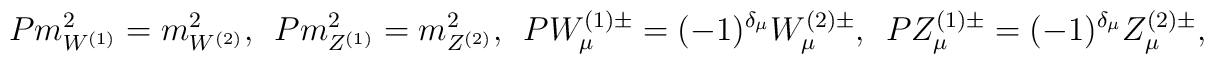
P m^{2}_{W^{(1)}} = m^{2}_{W^{(2)}}, \hspace{0.2cm}P m^{2}_{Z^{(1)}} = m^{2}_{Z^{(2)}}, \hspace{0.2cm}P W^{(1)\pm}_{\mu} = (-1)^{\delta_{\mu}}  W^{(2)\pm}_{\mu}, \hspace{0.2cm}P Z^{(1)\pm}_{\mu} = (-1)^{\delta_{\mu}}  Z^{(2)\pm}_{\mu},